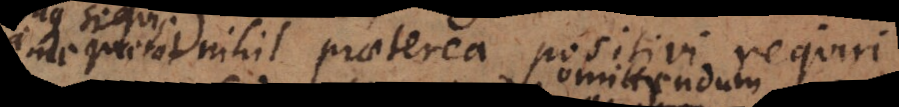
dicam nihil praeterea positivi requiri